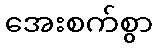
အေးစက်စွာ